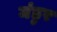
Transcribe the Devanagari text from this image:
मंडुर